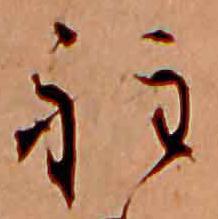
程